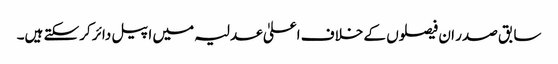
سابق صدر ان فیصلوں کے خلاف اعلیٰ عدلیہ میں اپیل دائر کرسکتے ہیں۔